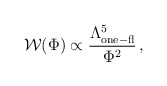
\begin{align*}{\cal W}(\Phi) \propto \frac{\Lambda^5_{\rm one-fl}}{\Phi^2} \,,\end{align*}